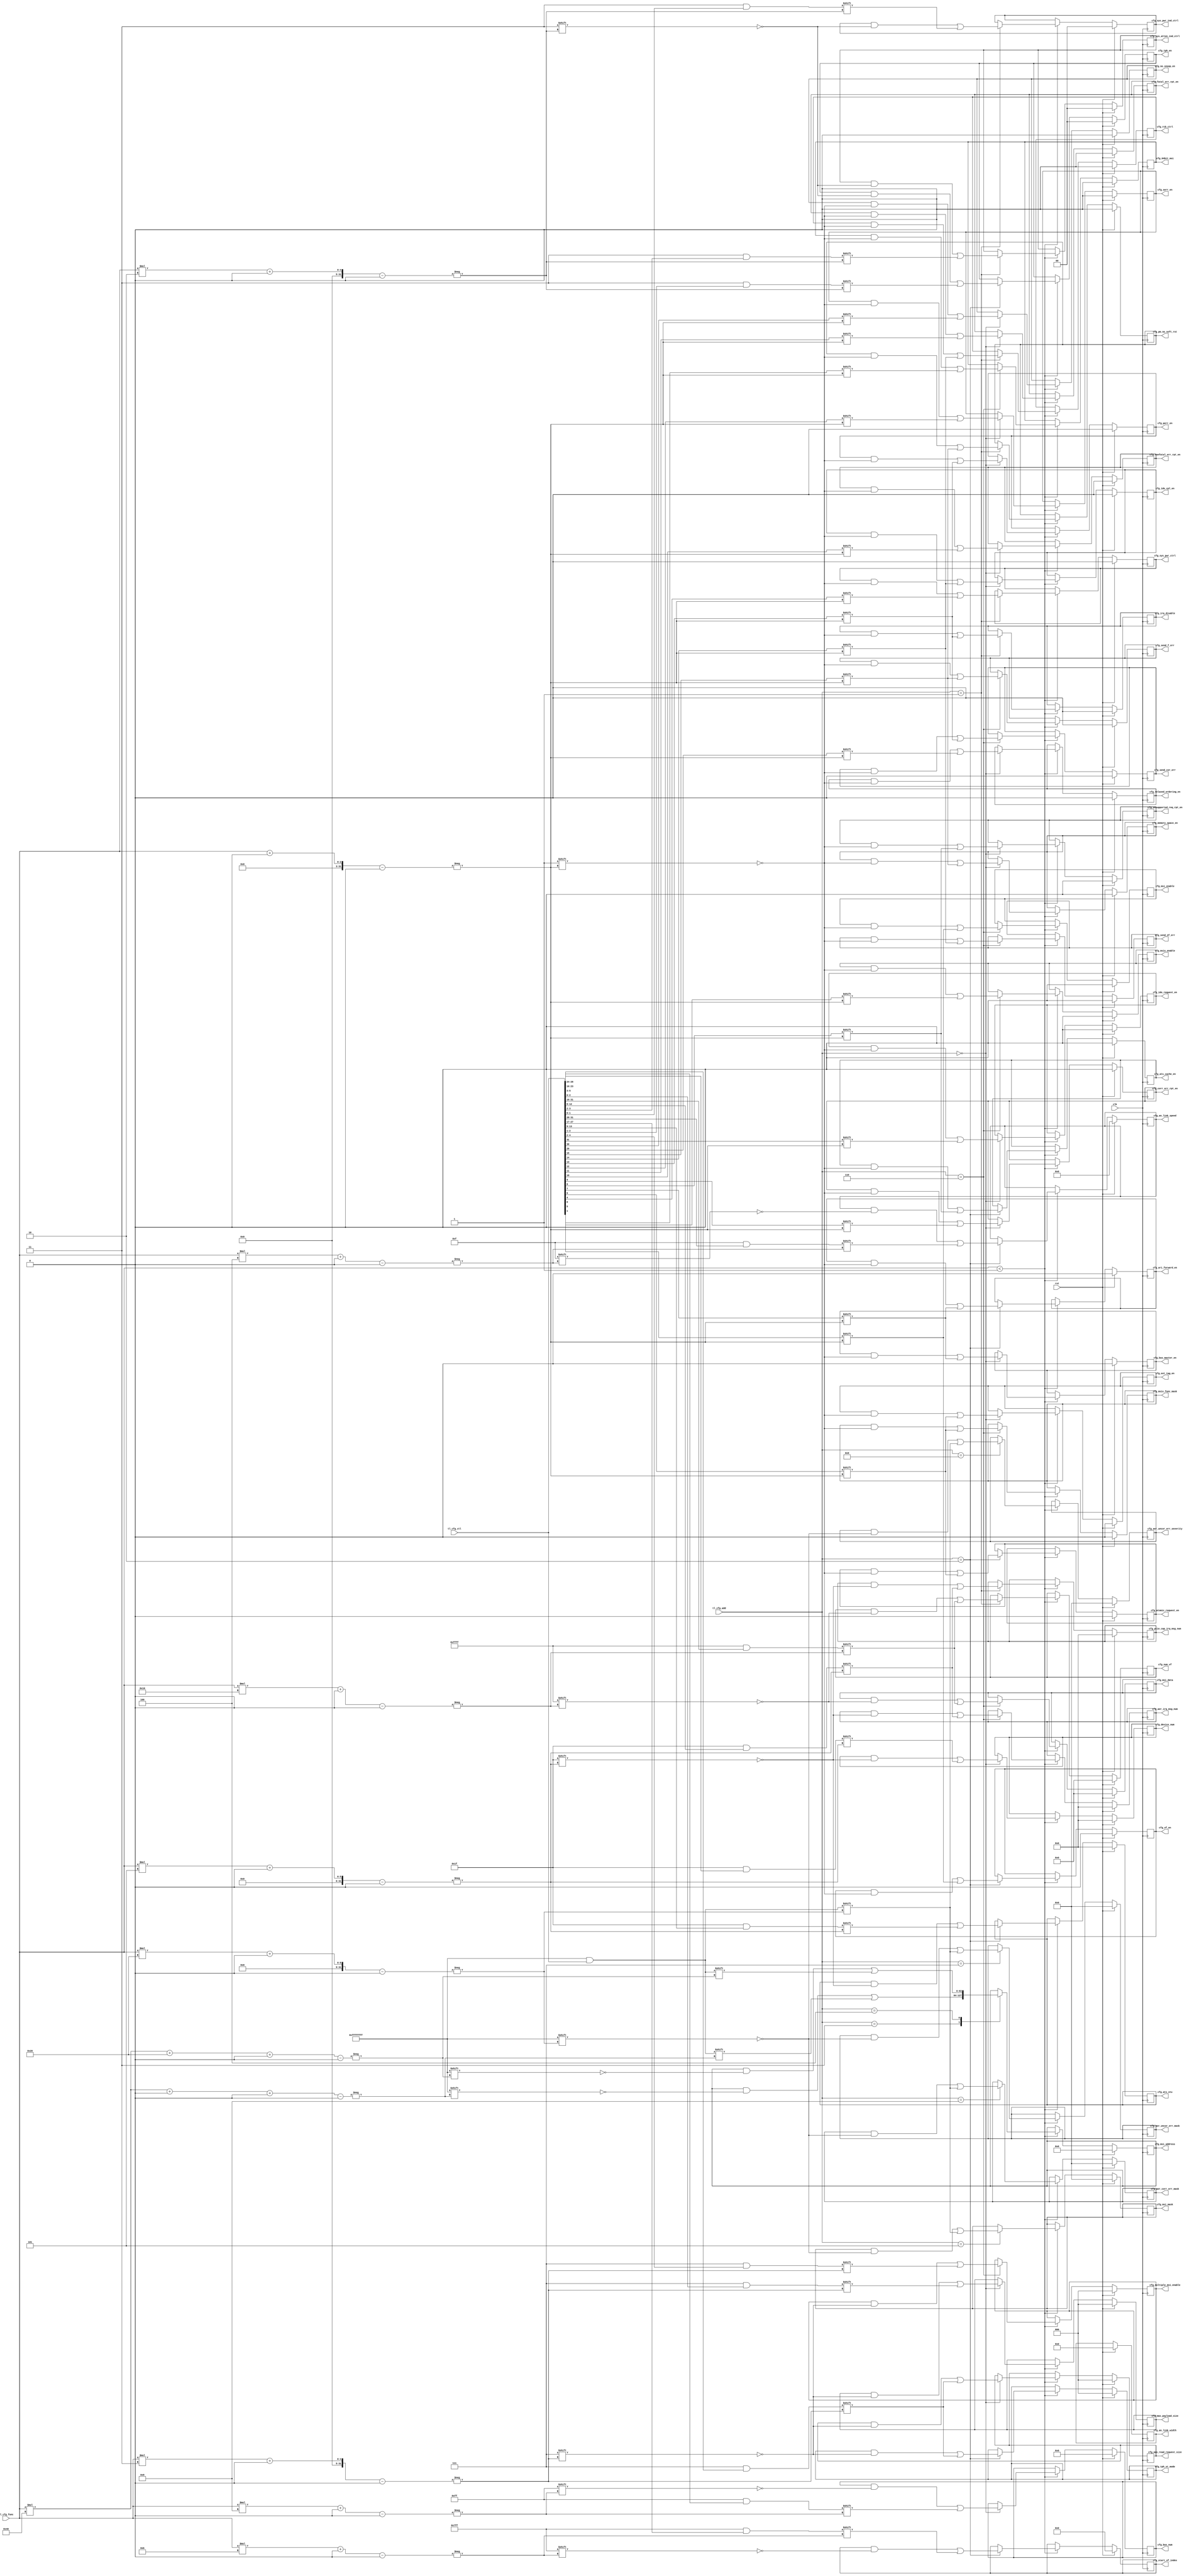
/*

Copyright (c) 2021 Alex Forencich

Permission is hereby granted, free of charge, to any person obtaining a copy
of this software and associated documentation files (the "Software"), to deal
in the Software without restriction, including without limitation the rights
to use, copy, modify, merge, publish, distribute, sublicense, and/or sell
copies of the Software, and to permit persons to whom the Software is
furnished to do so, subject to the following conditions:

The above copyright notice and this permission notice shall be included in
all copies or substantial portions of the Software.

THE SOFTWARE IS PROVIDED "AS IS", WITHOUT WARRANTY OF ANY KIND, EXPRESS OR
IMPLIED, INCLUDING BUT NOT LIMITED TO THE WARRANTIES OF MERCHANTABILITY
FITNESS FOR A PARTICULAR PURPOSE AND NONINFRINGEMENT. IN NO EVENT SHALL THE
AUTHORS OR COPYRIGHT HOLDERS BE LIABLE FOR ANY CLAIM, DAMAGES OR OTHER
LIABILITY, WHETHER IN AN ACTION OF CONTRACT, TORT OR OTHERWISE, ARISING FROM,
OUT OF OR IN CONNECTION WITH THE SOFTWARE OR THE USE OR OTHER DEALINGS IN
THE SOFTWARE.

*/

// Language: Verilog 2001

`resetall
`timescale 1ns / 1ps
`default_nettype none

/*
 * Intel Stratix 10 H-Tile/L-Tile PCIe configuration interface
 */
module pcie_s10_cfg #
(
    // Tile selection (0 for H-Tile, 1 for L-Tile)
    parameter L_TILE = 0,
    // Number of physical functions
    parameter PF_COUNT = 1
)
(
    input  wire                    clk,
    input  wire                    rst,

    /*
     * Configuration input from H-Tile/L-Tile
     */
    input  wire [31:0]             tl_cfg_ctl,
    input  wire [4:0]              tl_cfg_add,
    input  wire [1:0]              tl_cfg_func,

    /*
     * Configuration output
     */
    output reg  [PF_COUNT-1:0]     cfg_memory_space_en,
    output reg  [PF_COUNT-1:0]     cfg_ido_cpl_en,
    output reg  [PF_COUNT-1:0]     cfg_perr_en,
    output reg  [PF_COUNT-1:0]     cfg_serr_en,
    output reg  [PF_COUNT-1:0]     cfg_fatal_err_rpt_en,
    output reg  [PF_COUNT-1:0]     cfg_nonfatal_err_rpt_en,
    output reg  [PF_COUNT-1:0]     cfg_corr_err_rpt_en,
    output reg  [PF_COUNT-1:0]     cfg_unsupported_req_rpt_en,
    output reg  [PF_COUNT-1:0]     cfg_bus_master_en,
    output reg  [PF_COUNT-1:0]     cfg_ext_tag_en,
    output reg  [PF_COUNT*3-1:0]   cfg_max_read_request_size,
    output reg  [PF_COUNT*3-1:0]   cfg_max_payload_size,
    output reg  [PF_COUNT-1:0]     cfg_ido_request_en,
    output reg  [PF_COUNT-1:0]     cfg_no_snoop_en,
    output reg  [PF_COUNT-1:0]     cfg_relaxed_ordering_en,
    output reg  [PF_COUNT*5-1:0]   cfg_device_num,
    output reg  [PF_COUNT*8-1:0]   cfg_bus_num,
    output reg  [PF_COUNT-1:0]     cfg_pm_no_soft_rst,
    output reg  [PF_COUNT-1:0]     cfg_rcb_ctrl,
    output reg  [PF_COUNT-1:0]     cfg_irq_disable,
    output reg  [PF_COUNT*5-1:0]   cfg_pcie_cap_irq_msg_num,
    output reg  [PF_COUNT-1:0]     cfg_sys_pwr_ctrl,
    output reg  [PF_COUNT*2-1:0]   cfg_sys_atten_ind_ctrl,
    output reg  [PF_COUNT*2-1:0]   cfg_sys_pwr_ind_ctrl,
    output reg  [PF_COUNT*16-1:0]  cfg_num_vf,
    output reg  [PF_COUNT*5-1:0]   cfg_ats_stu,
    output reg  [PF_COUNT-1:0]     cfg_ats_cache_en,
    output reg  [PF_COUNT-1:0]     cfg_ari_forward_en,
    output reg  [PF_COUNT-1:0]     cfg_atomic_request_en,
    output reg  [PF_COUNT*3-1:0]   cfg_tph_st_mode,
    output reg  [PF_COUNT*2-1:0]   cfg_tph_en,
    output reg  [PF_COUNT-1:0]     cfg_vf_en,
    output reg  [PF_COUNT*4-1:0]   cfg_an_link_speed,
    output reg  [PF_COUNT*6-1:0]   cfg_an_link_width,
    output reg  [PF_COUNT*11-1:0]  cfg_start_vf_index,
    output reg  [PF_COUNT*64-1:0]  cfg_msi_address,
    output reg  [PF_COUNT*32-1:0]  cfg_msi_mask,
    output reg  [PF_COUNT-1:0]     cfg_send_f_err,
    output reg  [PF_COUNT-1:0]     cfg_send_nf_err,
    output reg  [PF_COUNT-1:0]     cfg_send_cor_err,
    output reg  [PF_COUNT*5-1:0]   cfg_aer_irq_msg_num,
    output reg  [PF_COUNT-1:0]     cfg_msix_func_mask,
    output reg  [PF_COUNT-1:0]     cfg_msix_enable,
    output reg  [PF_COUNT*3-1:0]   cfg_multiple_msi_enable,
    output reg  [PF_COUNT-1:0]     cfg_64bit_msi,
    output reg  [PF_COUNT-1:0]     cfg_msi_enable,
    output reg  [PF_COUNT*16-1:0]  cfg_msi_data,
    output reg  [PF_COUNT*32-1:0]  cfg_aer_uncor_err_mask,
    output reg  [PF_COUNT*32-1:0]  cfg_aer_corr_err_mask,
    output reg  [PF_COUNT*32-1:0]  cfg_aer_uncor_err_severity
);

always @(posedge clk) begin
    if (tl_cfg_func < PF_COUNT) begin
        if (L_TILE) begin
            case (tl_cfg_add[3:0])
                4'h0: begin
                    cfg_ido_request_en[tl_cfg_func +: 1] <= tl_cfg_ctl[31];
                    cfg_no_snoop_en[tl_cfg_func +: 1] <= tl_cfg_ctl[30];
                    cfg_relaxed_ordering_en[tl_cfg_func +: 1] <= tl_cfg_ctl[29];
                    cfg_device_num[tl_cfg_func*5 +: 5] <= tl_cfg_ctl[28:24];
                    cfg_bus_num[tl_cfg_func*8 +: 8] <= tl_cfg_ctl[23:16];
                    cfg_memory_space_en[tl_cfg_func +: 1] <= tl_cfg_ctl[15];
                    cfg_ido_cpl_en[tl_cfg_func +: 1] <= tl_cfg_ctl[14];
                    cfg_an_link_width[tl_cfg_func*6 +: 6] <= tl_cfg_ctl[13:8];
                    cfg_bus_master_en[tl_cfg_func +: 1] <= tl_cfg_ctl[7];
                    cfg_ext_tag_en[tl_cfg_func +: 1] <= tl_cfg_ctl[6];
                    cfg_max_read_request_size[tl_cfg_func*3 +: 3] <= tl_cfg_ctl[5:3];
                    cfg_max_payload_size[tl_cfg_func*3 +: 3] <= tl_cfg_ctl[2:0];
                end
                4'h1: begin
                    cfg_send_f_err[tl_cfg_func +: 1] <= tl_cfg_ctl[31];
                    cfg_send_nf_err[tl_cfg_func +: 1] <= tl_cfg_ctl[30];
                    cfg_send_cor_err[tl_cfg_func +: 1] <= tl_cfg_ctl[29];
                    cfg_aer_irq_msg_num[tl_cfg_func*5 +: 5] <= tl_cfg_ctl[28:24];
                    cfg_an_link_width[tl_cfg_func*6 +: 6] <= tl_cfg_ctl[23:18];
                    cfg_pm_no_soft_rst[tl_cfg_func +: 1] <= tl_cfg_ctl[17];
                    cfg_rcb_ctrl[tl_cfg_func +: 1] <= tl_cfg_ctl[16];
                    cfg_irq_disable[tl_cfg_func +: 1] <= tl_cfg_ctl[13];
                    cfg_pcie_cap_irq_msg_num[tl_cfg_func*5 +: 5] <= tl_cfg_ctl[12:8];
                    cfg_sys_pwr_ctrl[tl_cfg_func +: 1] <= tl_cfg_ctl[4];
                    cfg_sys_atten_ind_ctrl[tl_cfg_func*2 +: 2] <= tl_cfg_ctl[3:2];
                    cfg_sys_pwr_ind_ctrl[tl_cfg_func*2 +: 2] <= tl_cfg_ctl[1:0];
                end
                4'h2: begin
                    cfg_start_vf_index[tl_cfg_func*11 +: 11] <= tl_cfg_ctl[31:24];
                    cfg_num_vf[tl_cfg_func*16 +: 16] <= tl_cfg_ctl[23:16];
                    cfg_an_link_speed[tl_cfg_func*4 +: 4] <= tl_cfg_ctl[15:12];
                    cfg_ats_stu[tl_cfg_func*5 +: 5] <= tl_cfg_ctl[11:7];
                    cfg_ats_cache_en[tl_cfg_func +: 1] <= tl_cfg_ctl[6];
                    cfg_ari_forward_en[tl_cfg_func +: 1] <= tl_cfg_ctl[5];
                    cfg_atomic_request_en[tl_cfg_func +: 1] <= tl_cfg_ctl[4];
                    cfg_tph_st_mode[tl_cfg_func*3 +: 3] <= tl_cfg_ctl[3:2];
                    cfg_tph_en[tl_cfg_func*2 +: 2] <= tl_cfg_ctl[1];
                    cfg_vf_en[tl_cfg_func +: 1] <= tl_cfg_ctl[0];
                end
                4'h3: begin
                    cfg_msi_address[tl_cfg_func*64+0 +: 32] <= tl_cfg_ctl;
                end
                4'h4: begin
                    cfg_msi_address[tl_cfg_func*64+32 +: 32] <= tl_cfg_ctl;
                end
                4'h5: begin
                    cfg_msi_mask[tl_cfg_func*32 +: 32] <= tl_cfg_ctl;
                end
                4'h6: begin
                    cfg_msi_data[tl_cfg_func*16 +: 16] <= tl_cfg_ctl[31:16];
                    cfg_msix_func_mask[tl_cfg_func +: 1] <= tl_cfg_ctl[6];
                    cfg_msix_enable[tl_cfg_func +: 1] <= tl_cfg_ctl[5];
                    cfg_multiple_msi_enable[tl_cfg_func*3 +: 3] <= tl_cfg_ctl[4:2];
                    cfg_64bit_msi[tl_cfg_func +: 1] <= tl_cfg_ctl[1];
                    cfg_msi_enable[tl_cfg_func +: 1] <= tl_cfg_ctl[0];
                end
                4'h7: begin
                    cfg_an_link_speed[tl_cfg_func*4 +: 4] <= tl_cfg_ctl[9:6];
                    cfg_an_link_width[tl_cfg_func*6 +: 6] <= tl_cfg_ctl[5:0];
                end
            endcase
        end else begin
            case (tl_cfg_add)
                5'h00: begin
                    cfg_ido_request_en[tl_cfg_func +: 1] <= tl_cfg_ctl[31];
                    cfg_no_snoop_en[tl_cfg_func +: 1] <= tl_cfg_ctl[30];
                    cfg_relaxed_ordering_en[tl_cfg_func +: 1] <= tl_cfg_ctl[29];
                    cfg_device_num[tl_cfg_func*5 +: 5] <= tl_cfg_ctl[28:24];
                    cfg_bus_num[tl_cfg_func*8 +: 8] <= tl_cfg_ctl[23:16];
                    cfg_memory_space_en[tl_cfg_func +: 1] <= tl_cfg_ctl[15];
                    cfg_ido_cpl_en[tl_cfg_func +: 1] <= tl_cfg_ctl[14];
                    cfg_perr_en[tl_cfg_func +: 1] <= tl_cfg_ctl[13];
                    cfg_serr_en[tl_cfg_func +: 1] <= tl_cfg_ctl[12];
                    cfg_fatal_err_rpt_en[tl_cfg_func +: 1] <= tl_cfg_ctl[11];
                    cfg_nonfatal_err_rpt_en[tl_cfg_func +: 1] <= tl_cfg_ctl[10];
                    cfg_corr_err_rpt_en[tl_cfg_func +: 1] <= tl_cfg_ctl[9];
                    cfg_unsupported_req_rpt_en[tl_cfg_func +: 1] <= tl_cfg_ctl[8];
                    cfg_bus_master_en[tl_cfg_func +: 1] <= tl_cfg_ctl[7];
                    cfg_ext_tag_en[tl_cfg_func +: 1] <= tl_cfg_ctl[6];
                    cfg_max_read_request_size[tl_cfg_func*3 +: 3] <= tl_cfg_ctl[5:3];
                    cfg_max_payload_size[tl_cfg_func*3 +: 3] <= tl_cfg_ctl[2:0];
                end
                5'h01: begin
                    cfg_num_vf[tl_cfg_func*16 +: 16] <= tl_cfg_ctl[31:16];
                    cfg_pm_no_soft_rst[tl_cfg_func +: 1] <= tl_cfg_ctl[15];
                    cfg_rcb_ctrl[tl_cfg_func +: 1] <= tl_cfg_ctl[14];
                    cfg_irq_disable[tl_cfg_func +: 1] <= tl_cfg_ctl[13];
                    cfg_pcie_cap_irq_msg_num[tl_cfg_func*5 +: 5] <= tl_cfg_ctl[12:8];
                    cfg_sys_pwr_ctrl[tl_cfg_func +: 1] <= tl_cfg_ctl[4];
                    cfg_sys_atten_ind_ctrl[tl_cfg_func*2 +: 2] <= tl_cfg_ctl[3:2];
                    cfg_sys_pwr_ind_ctrl[tl_cfg_func*2 +: 2] <= tl_cfg_ctl[1:0];
                end
                5'h02: begin
                    cfg_an_link_speed[tl_cfg_func*4 +: 4] <= tl_cfg_ctl[31:28];
                    cfg_start_vf_index[tl_cfg_func*11 +: 11] <= tl_cfg_ctl[27:17];
                    cfg_ats_stu[tl_cfg_func*5 +: 5] <= tl_cfg_ctl[13:9];
                    cfg_ats_cache_en[tl_cfg_func +: 1] <= tl_cfg_ctl[8];
                    cfg_ari_forward_en[tl_cfg_func +: 1] <= tl_cfg_ctl[7];
                    cfg_atomic_request_en[tl_cfg_func +: 1] <= tl_cfg_ctl[6];
                    cfg_tph_st_mode[tl_cfg_func*3 +: 3] <= tl_cfg_ctl[5:3];
                    cfg_tph_en[tl_cfg_func*2 +: 2] <= tl_cfg_ctl[2:1];
                    cfg_vf_en[tl_cfg_func +: 1] <= tl_cfg_ctl[0];
                end
                5'h03: begin
                    cfg_msi_address[tl_cfg_func*64+0 +: 32] <= tl_cfg_ctl;
                end
                5'h04: begin
                    cfg_msi_address[tl_cfg_func*64+32 +: 32] <= tl_cfg_ctl;
                end
                5'h05: begin
                    cfg_msi_mask[tl_cfg_func*32 +: 32] <= tl_cfg_ctl;
                end
                5'h06: begin
                    cfg_msi_data[tl_cfg_func*16 +: 16] <= tl_cfg_ctl[31:16];
                    cfg_send_f_err[tl_cfg_func +: 1] <= tl_cfg_ctl[15];
                    cfg_send_nf_err[tl_cfg_func +: 1] <= tl_cfg_ctl[14];
                    cfg_send_cor_err[tl_cfg_func +: 1] <= tl_cfg_ctl[13];
                    cfg_aer_irq_msg_num[tl_cfg_func*5 +: 5] <= tl_cfg_ctl[12:8];
                    cfg_msix_func_mask[tl_cfg_func +: 1] <= tl_cfg_ctl[6];
                    cfg_msix_enable[tl_cfg_func +: 1] <= tl_cfg_ctl[5];
                    cfg_multiple_msi_enable[tl_cfg_func*3 +: 3] <= tl_cfg_ctl[4:2];
                    cfg_64bit_msi[tl_cfg_func +: 1] <= tl_cfg_ctl[1];
                    cfg_msi_enable[tl_cfg_func +: 1] <= tl_cfg_ctl[0];
                end
                5'h07: begin
                    cfg_aer_uncor_err_mask[tl_cfg_func*32 +: 32] <= tl_cfg_ctl;
                end
                5'h08: begin
                    cfg_aer_corr_err_mask[tl_cfg_func*32 +: 32] <= tl_cfg_ctl;
                end
                5'h09: begin
                    cfg_aer_uncor_err_severity[tl_cfg_func*32 +: 32] <= tl_cfg_ctl;
                end
            endcase
        end
    end

    if (rst) begin
        cfg_memory_space_en <= 0;
        cfg_ido_cpl_en <= 0;
        cfg_perr_en <= 0;
        cfg_serr_en <= 0;
        cfg_fatal_err_rpt_en <= 0;
        cfg_nonfatal_err_rpt_en <= 0;
        cfg_corr_err_rpt_en <= 0;
        cfg_unsupported_req_rpt_en <= 0;
        cfg_bus_master_en <= 0;
        cfg_ext_tag_en <= 0;
        cfg_max_read_request_size <= 0;
        cfg_max_payload_size <= 0;
        cfg_ido_request_en <= 0;
        cfg_no_snoop_en <= 0;
        cfg_relaxed_ordering_en <= 0;
        cfg_device_num <= 0;
        cfg_bus_num <= 0;
        cfg_pm_no_soft_rst <= 0;
        cfg_rcb_ctrl <= 0;
        cfg_irq_disable <= 0;
        cfg_pcie_cap_irq_msg_num <= 0;
        cfg_sys_pwr_ctrl <= 0;
        cfg_sys_atten_ind_ctrl <= 0;
        cfg_sys_pwr_ind_ctrl <= 0;
        cfg_num_vf <= 0;
        cfg_ats_stu <= 0;
        cfg_ats_cache_en <= 0;
        cfg_ari_forward_en <= 0;
        cfg_atomic_request_en <= 0;
        cfg_tph_st_mode <= 0;
        cfg_tph_en <= 0;
        cfg_vf_en <= 0;
        cfg_an_link_speed <= 0;
        cfg_an_link_width <= 0;
        cfg_start_vf_index <= 0;
        cfg_msi_address <= 0;
        cfg_msi_mask <= 0;
        cfg_send_f_err <= 0;
        cfg_send_nf_err <= 0;
        cfg_send_cor_err <= 0;
        cfg_aer_irq_msg_num <= 0;
        cfg_msix_func_mask <= 0;
        cfg_msix_enable <= 0;
        cfg_multiple_msi_enable <= 0;
        cfg_64bit_msi <= 0;
        cfg_msi_enable <= 0;
        cfg_msi_data <= 0;
        cfg_aer_uncor_err_mask <= 0;
        cfg_aer_corr_err_mask <= 0;
        cfg_aer_uncor_err_severity <= 0;
    end
end

endmodule

`resetall